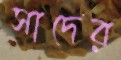
সাদের